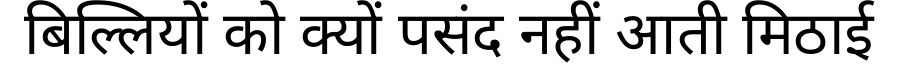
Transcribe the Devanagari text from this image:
बिल्लियों को क्यों पसंद नहीं आती मिठाई